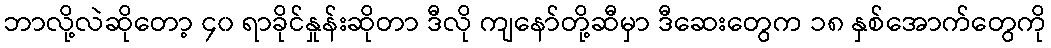
ဘာလို့လဲဆိုတော့ ၄၀ ရာခိုင်နှုန်းဆိုတာ ဒီလို ကျနော်တို့ဆီမှာ ဒီဆေးတွေက ၁၈ နှစ်အောက်တွေကို